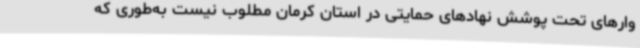
وارهای تحت پوشش نهادهای حمایتی در استان کرمان مطلوب نیست به‌طوری که